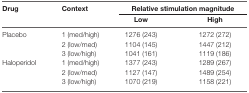
<table><thead><tr><td><b>Drug</b></td><td><b>Context</b></td><td colspan="2"><b>Relative stimulation magnitude</b></td></tr><tr><td></td><td></td><td><b>Low</b></td><td><b>High</b></td></tr></thead><tbody><tr><td>Placebo</td><td>1 (med/high)</td><td>1276 (243)</td><td>1272 (272)</td></tr><tr><td></td><td>2 (low/med)</td><td>1104 (145)</td><td>1447 (212)</td></tr><tr><td></td><td>3 (low/high)</td><td>1041 (161)</td><td>1119 (186)</td></tr><tr><td>Haloperidol</td><td>1 (med/high)</td><td>1377 (243)</td><td>1289 (267)</td></tr><tr><td></td><td>2 (low/med)</td><td>1127 (147)</td><td>1489 (254)</td></tr><tr><td></td><td>3 (low/high)</td><td>1070 (219)</td><td>1158 (221)</td></tr></tbody></table>